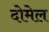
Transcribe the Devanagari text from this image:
दोमेल